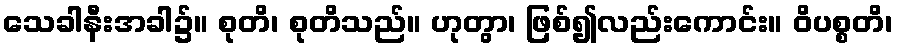
သေခါနီးအခါ၌။ စုတိ၊ စုတိသည်။ ဟုတွာ၊ ဖြစ်၍လည်းကောင်း။ ဝိပစ္စတိ၊